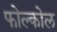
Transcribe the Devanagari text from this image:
फोल्कोल